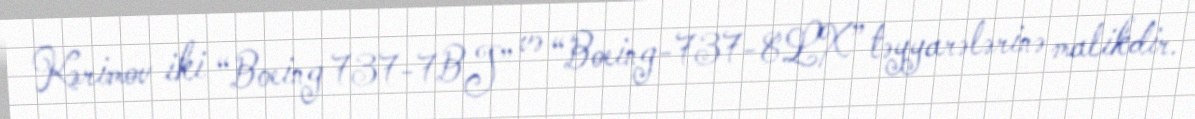
Kərimov iki “Boeing 737-7BJ” və “Boeing-737-8LX” təyyarələrinə malikdir.